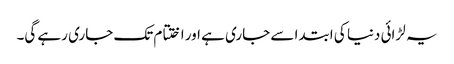
یہ لڑائی دنیا کی ابتدا سے جاری ہے اور اختتام تک جاری رہے گی۔